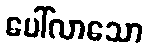
ပေါ်လာသော